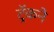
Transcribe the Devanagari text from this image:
ट्रॅकने